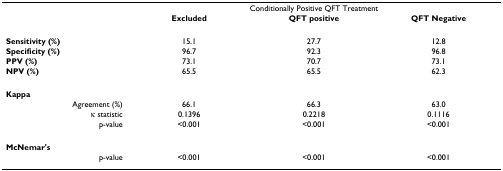
|  | <COLSPAN=3> Conditionally Positive QFT Treatment |
 |  | Excluded | QFT positive | QFT Negative |
 | --- | --- | --- | --- |
 | Sensitivity (%) | 15.1 | 27.7 | 12.8 |
 | Specificity (%) | 96.7 | 92.3 | 96.8 |
 | PPV (%) | 73.1 | 70.7 | 73.1 |
 | NPV (%) | 65.5 | 65.5 | 62.3 |
 | Kappa |  |  |  |
 | Agreement (%) | 66.1 | 66.3 | 63.0 |
 | κ statistic | 0.1396 | 0.2218 | 0.1116 |
 | p-value | <0.001 | <0.001 | <0.001 |
 | McNemar's |  |  |  |
 | p-value | <0.001 | <0.001 | <0.001 |